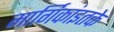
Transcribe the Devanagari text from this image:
मार्गिकांइतके